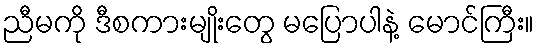
ညီမကို ဒီစကားမျိုးတွေ မပြောပါနဲ့ မောင်ကြီး။